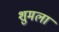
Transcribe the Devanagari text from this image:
शुमला